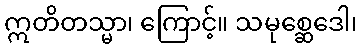
ဣတိတသ္မာ၊ ကြောင့်။ သမုစ္ဆေဒေါ၊